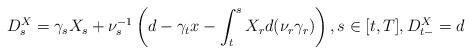
LaTeX: \begin{align*}D^X_s = \gamma_s X_s + \nu_s^{-1} \left( d - \gamma_t x - \int_t^s X_r d(\nu_r\gamma_r) \right), s \in [t,T], D^X_{t-}=d \end{align*}